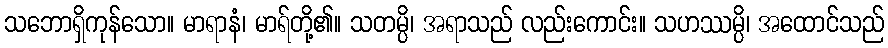
သဘောရှိကုန်သော။ မာရာနံ၊ မာရ်တို့၏။ သတမ္ပိ၊ အရာသည် လည်းကောင်း။ သဟဿမ္ပိ၊ အထောင်သည်